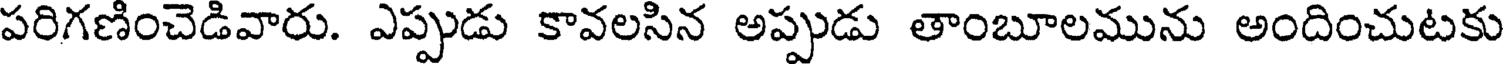
పరిగణించెడివారు. ఎప్పుడు కావలసిన అప్పుడు తాంబూలమును అందించుటకు